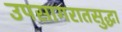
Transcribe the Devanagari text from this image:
उपसागरातसुद्धा